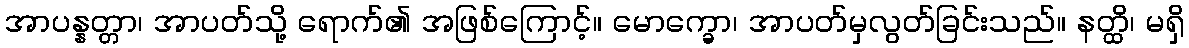
အာပန္နတ္တာ၊ အာပတ်သို့ ရောက်၏ အဖြစ်ကြောင့်။ မောက္ခော၊ အာပတ်မှလွတ်ခြင်းသည်။ နတ္ထိ၊ မရှိ